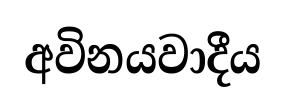
අවිනයවාදීය